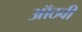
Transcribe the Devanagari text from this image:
ऑठवी